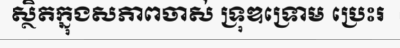
ស្ថិតក្នុងសភាពចាស់ ទ្រុឌទ្រោម ប្រេះរ